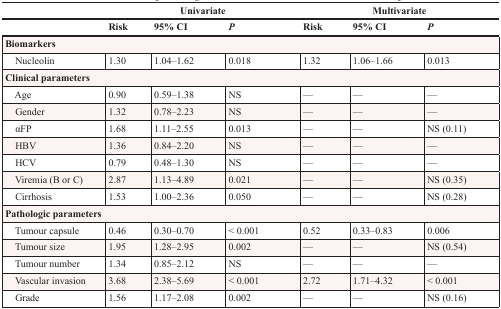
|  | <COLSPAN=3> Univariate | <COLSPAN=3> Multivariate |
 |  | Risk | 95% CI | P | Risk | 95% CI | P |
 | --- | --- | --- | --- | --- | --- | --- |
 | <COLSPAN=7> Biomarkers |
 | Nucleolin | 1.30 | 1.04–1.62 | 0.018 | 1.32 | 1.06–1.66 | 0.013 |
 | <COLSPAN=7> Clinical parameters |
 | Age | 0.90 | 0.59–1.38 | NS | — | — | — |
 | Gender | 1.32 | 0.78–2.23 | NS | — | — | — |
 | αFP | 1.68 | 1.11–2.55 | 0.013 | — | — | NS (0.11) |
 | HBV | 1.36 | 0.84–2.20 | NS | — | — | — |
 | HCV | 0.79 | 0.48–1.30 | NS | — | — | — |
 | Viremia (B or C) | 2.87 | 1.13–4.89 | 0.021 | — | — | NS (0.35) |
 | Cirrhosis | 1.53 | 1.00–2.36 | 0.050 | — | — | NS (0.28) |
 | <COLSPAN=7> Pathologic parameters |
 | Tumour capsule | 0.46 | 0.30–0.70 | < 0.001 | 0.52 | 0.33–0.83 | 0.006 |
 | Tumour size | 1.95 | 1.28–2.95 | 0.002 | — | — | NS (0.54) |
 | Tumour number | 1.34 | 0.85–2.12 | NS | — | — | — |
 | Vascular invasion | 3.68 | 2.38–5.69 | < 0.001 | 2.72 | 1.71–4.32 | < 0.001 |
 | Grade | 1.56 | 1.17–2.08 | 0.002 | — | — | NS (0.16) |